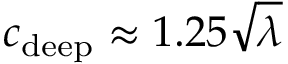
c _ { \mathrm { d e e p } } \approx 1 . 2 5 { \sqrt { \lambda } }